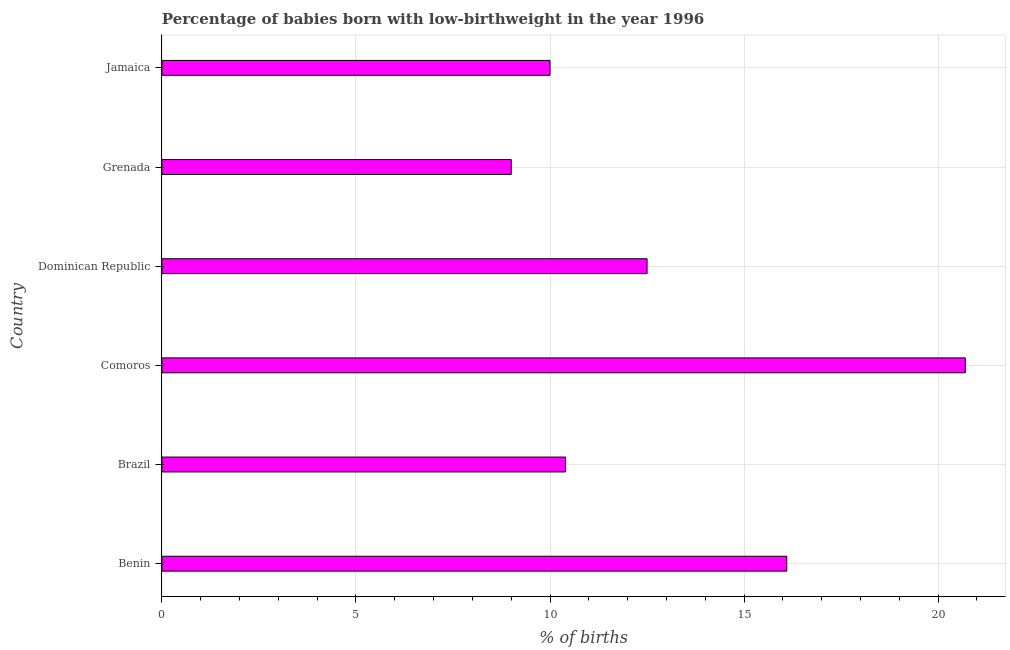
| Country | Low-birthweight babies |
 | --- | --- |
 | Benin | 16.1 |
 | Brazil | 10.4 |
 | Comoros | 20.7 |
 | Dominican Republic | 12.5 |
 | Grenada | 9 |
 | Jamaica | 10 |